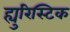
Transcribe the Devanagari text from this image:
ह्युरिस्टिक